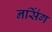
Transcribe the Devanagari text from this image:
नर्सि॑ग